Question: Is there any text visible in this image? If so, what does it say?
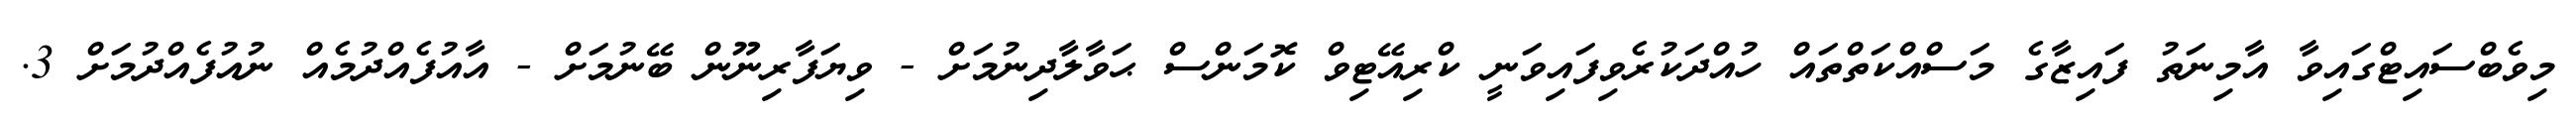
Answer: މިވެބްސައިޓްގައިވާ އާމިނަތު ފައިޒާގެ މަސްއްކަތްތައް ހުއްދަކުރެވިފައިވަނީ ކްރިއޭޓިވް ކޮމަންސް ޙަވާލާދިނުމަށް - ވިޔަފާރިނޫން ބޭނުމަށް - އާއުފެއްދުމެއް ނުއުފެއްދުމަށް 3.